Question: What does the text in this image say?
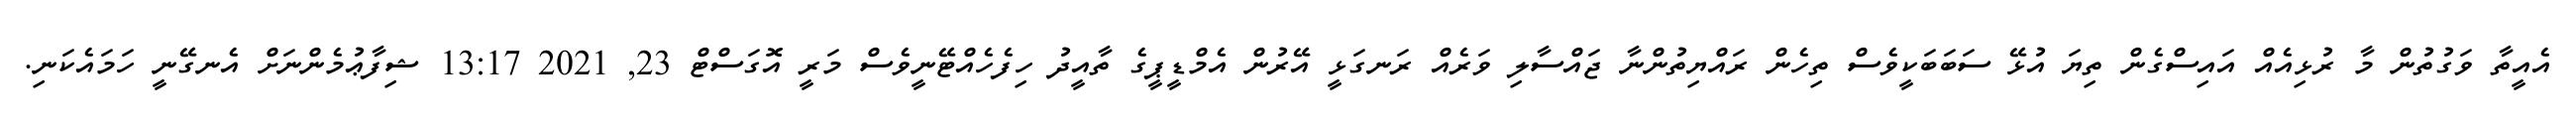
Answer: އެއީތާ ވަގުތުން މާ ރުޅިއެއް އައިސްގެން ތިޔަ އުޅޭ ސަބަބަކީވެސް ތިހެން ރައްޔިތުންނާ ޖައްސާލި ވަރެއް ރަނގަޅީ އޭރުން އެމްޑީޕީގެ ތާއީދު ހިފެހެއްޓޭނީވެސް މަރީ އޮގަސްޓް 23, 2021 13:17 ޝިފާޢުމެންނަށް އެނގޭނީ ހަމައެކަނި.